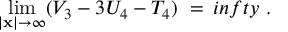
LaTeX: \operatorname * { l i m } _ { \vert { \bf x } \vert \rightarrow \infty } ( V _ { 3 } - 3 U _ { 4 } - T _ { 4 } ) \ = \, i n f t y \ .